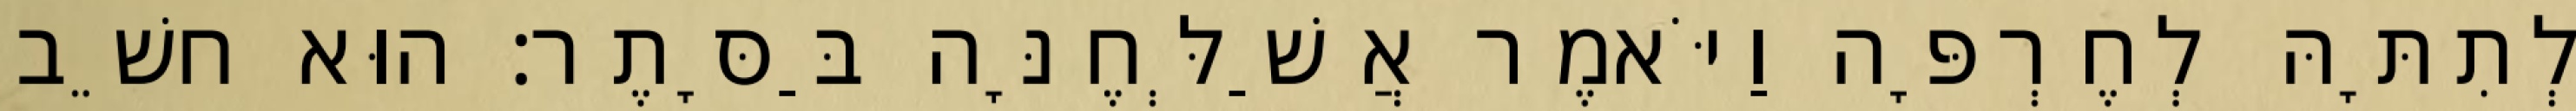
לְתִתָּהּ לְחֶרְפָּה וַיֹּאמֶר אֲשַׁלְּחֶנָּה בַּסָּתֶר׃ הוּא חשֵׁב